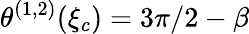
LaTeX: \theta^{(1,2)}(\xi_{c})=3\pi/2-\beta